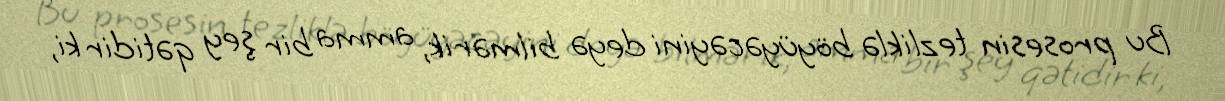
Bu prosesin tezliklə böyüyəcəyini deyə bilmərik, amma bir şey qətidir ki,